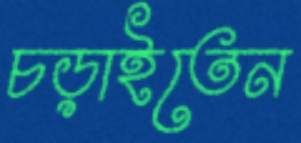
চড়াইতেন